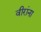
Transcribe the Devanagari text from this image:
वीरांना